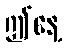
ဤနေ့